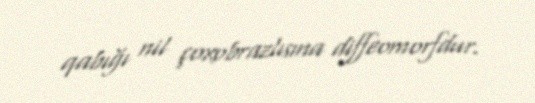
qabığı nil çoxobrazlısına diffeomorfdur.